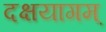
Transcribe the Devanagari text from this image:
दक्षयागम्